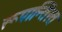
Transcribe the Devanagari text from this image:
रूपान्तिरत